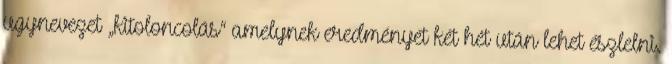
ugynevezet „kitoloncolás“ amelynek eredményét két hét után lehet észlelni.